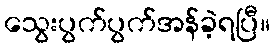
သွေးပွက်ပွက်အန်ခဲ့ရပြီ။